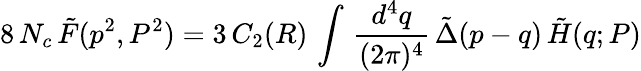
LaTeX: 8\, N_{c}\, \tilde{F}(p^{2},P^{2})=3\, C_{2}(R)\, \int\, \frac{d^{4}q}{(2\pi)^{4}}\, \tilde{\Delta}(p-q)\, \tilde{H}(q;P)